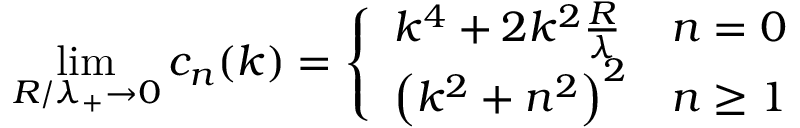
\operatorname* { l i m } _ { R / \lambda _ { + } \rightarrow 0 } c _ { n } ( k ) = \left\{ \begin{array} { l l } { k ^ { 4 } + 2 k ^ { 2 } \frac { R } { \lambda } } & { n = 0 } \\ { \left( k ^ { 2 } + n ^ { 2 } \right) ^ { 2 } } & { n \geq 1 } \end{array} \right.